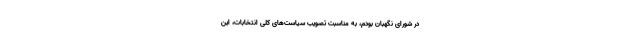
در شورای نگهبان بودم، به مناسبت تصویب سیاست‌های کلی انتخابات، این